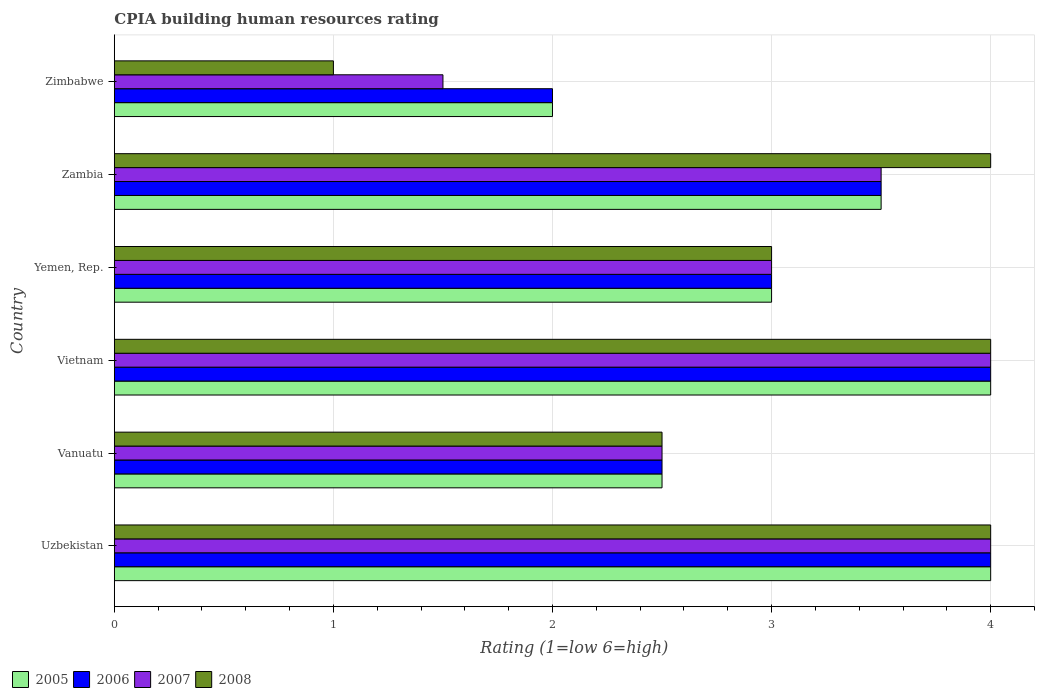
| Country | 2005 | 2006 | 2007 | 2008 |
 | --- | --- | --- | --- | --- |
 | Uzbekistan | 4 | 4 | 4 | 4 |
 | Vanuatu | 2.5 | 2.5 | 2.5 | 2.5 |
 | Vietnam | 4 | 4 | 4 | 4 |
 | Yemen, Rep. | 3 | 3 | 3 | 3 |
 | Zambia | 3.5 | 3.5 | 3.5 | 4 |
 | Zimbabwe | 2 | 2 | 1.5 | 1 |